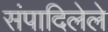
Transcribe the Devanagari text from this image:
संपादिलेले